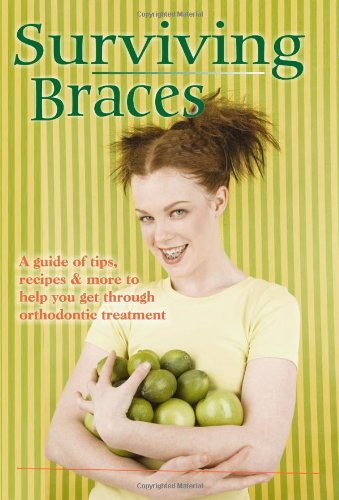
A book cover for Surviving Braces, a guide of tips, recipes and more to help you get through orthodontic treatment; Jennifer Webb; Medical Books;